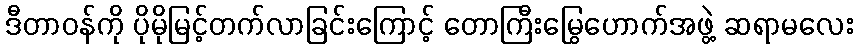
ဒီတာဝန်ကို ပိုမိုမြင့်တက်လာခြင်းကြောင့် တောကြီးမြွေဟောက်အဖွဲ့ ဆရာမလေး